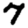
Digit: 7